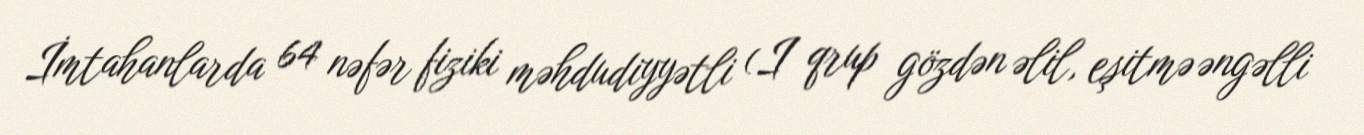
İmtahanlarda 64 nəfər fiziki məhdudiyyətli (I qrup gözdən əlil, eşitmə əngəlli